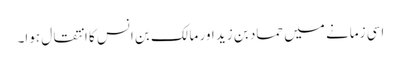
اسی زمانے میں حماد بن زید اور مالک بن انس کا انتقال ہوا۔